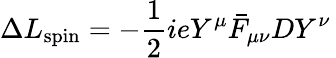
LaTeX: \Delta L_{\mathrm{spin}}=-{\frac{1}{2}}ieY^{\mu}\bar{F}_{\mu\nu}DY^{\nu}\,